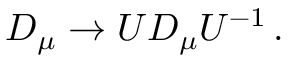
D _ { \mu } \rightarrow U D _ { \mu } U ^ { - 1 } \, { . }